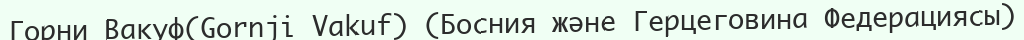
Горни Вакуф(Gornji Vakuf) (Босния және Герцеговина Федерациясы)